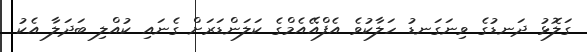
ގަލޮޅު ދަނޑުގެ ވިނަގަނޑު ހަލާކުވެ އެފްއޭއެމްގެ ކަލަންޑަރަށް ގެނައި ކުއްލި ބަދަލާ އެކު